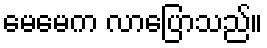
မေမေက လာပြောသည်။